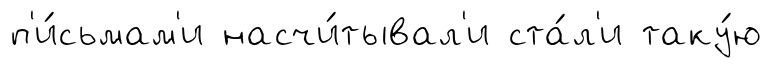
п'и́сьмам'и насчи́тывал'и ста́л'и таку́ю